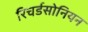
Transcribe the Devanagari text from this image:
रिचर्डसोनियन